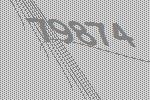
79874